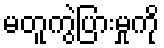
မတူကွဲပြားမှုကို